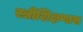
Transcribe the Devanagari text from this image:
स्त्रीशिक्षणास